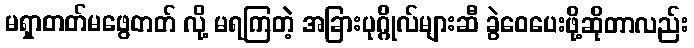
မရှာတတ်မဖွေတတ် လို့ မရကြတဲ့ အခြားပုဂ္ဂိုလ်များဆီ ခွဲဝေပေးဖို့ဆိုတာလည်း